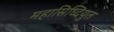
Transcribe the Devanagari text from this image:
महासिध्दियुत